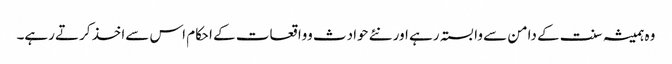
وہ ہمیشہ سنت کے دامن سے وابستہ رہے اور نئے حوادث وواقعات کے احکام اس سےاخذ کرتے رہے۔